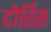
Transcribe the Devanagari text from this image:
दोर्रिस